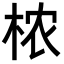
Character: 𬂰